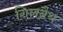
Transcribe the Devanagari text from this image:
गिलब्रैथ